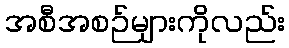
အစီအစဉ်များကိုလည်း